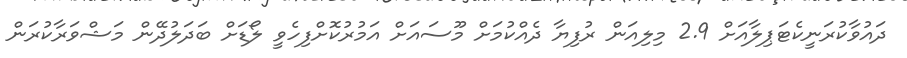
ދައުވާކުރަނީކެޓަޕިލާއަށް 2.9 މިލިއަން ރުފިޔާ ދެއްކުމަށް މޫސައަށް އަމުރުކޮށްފިހެވީ ލޯޑަށް ބަދަލުދޭން މަޝްވަރާކުރަން